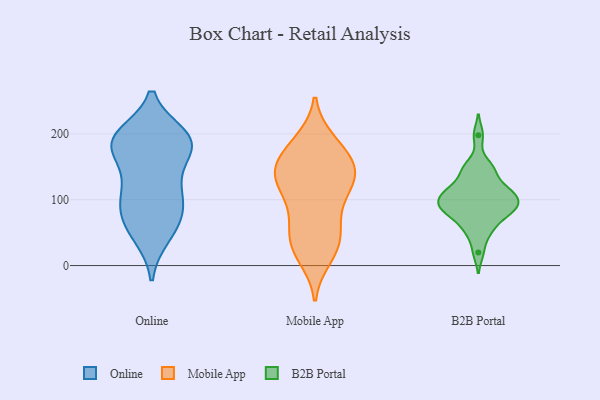
{"axis": {"x": "Temperature (°C)", "y": "Value"}, "legend": ["B2B Portal", "Mobile App", "Online"], "data": [{"x": "", "y": 181, "type": "Online"}, {"x": "", "y": 106, "type": "Online"}, {"x": "", "y": 193, "type": "Online"}, {"x": "", "y": 48, "type": "Online"}, {"x": "", "y": 189, "type": "Online"}, {"x": "", "y": 45, "type": "Online"}, {"x": "", "y": 197, "type": "Online"}, {"x": "", "y": 101, "type": "Online"}, {"x": "", "y": 81, "type": "Online"}, {"x": "", "y": 78, "type": "Online"}, {"x": "", "y": 178, "type": "Online"}, {"x": "", "y": 186, "type": "Online"}, {"x": "", "y": 188, "type": "Online"}, {"x": "", "y": 188, "type": "Online"}, {"x": "", "y": 131, "type": "Online"}, {"x": "", "y": 73, "type": "Online"}, {"x": "", "y": 127, "type": "Online"}, {"x": "", "y": 146, "type": "Mobile App"}, {"x": "", "y": 64, "type": "Mobile App"}, {"x": "", "y": 188, "type": "Mobile App"}, {"x": "", "y": 180, "type": "Mobile App"}, {"x": "", "y": 100, "type": "Mobile App"}, {"x": "", "y": 140, "type": "Mobile App"}, {"x": "", "y": 27, "type": "Mobile App"}, {"x": "", "y": 84, "type": "Mobile App"}, {"x": "", "y": 181, "type": "Mobile App"}, {"x": "", "y": 14, "type": "Mobile App"}, {"x": "", "y": 126, "type": "Mobile App"}, {"x": "", "y": 152, "type": "Mobile App"}, {"x": "", "y": 157, "type": "Mobile App"}, {"x": "", "y": 124, "type": "Mobile App"}, {"x": "", "y": 129, "type": "Mobile App"}, {"x": "", "y": 40, "type": "Mobile App"}, {"x": "", "y": 137, "type": "Mobile App"}, {"x": "", "y": 49, "type": "Mobile App"}, {"x": "", "y": 26, "type": "Mobile App"}, {"x": "", "y": 104, "type": "B2B Portal"}, {"x": "", "y": 152, "type": "B2B Portal"}, {"x": "", "y": 20, "type": "B2B Portal"}, {"x": "", "y": 70, "type": "B2B Portal"}, {"x": "", "y": 91, "type": "B2B Portal"}, {"x": "", "y": 117, "type": "B2B Portal"}, {"x": "", "y": 146, "type": "B2B Portal"}, {"x": "", "y": 85, "type": "B2B Portal"}, {"x": "", "y": 83, "type": "B2B Portal"}, {"x": "", "y": 144, "type": "B2B Portal"}, {"x": "", "y": 84, "type": "B2B Portal"}, {"x": "", "y": 84, "type": "B2B Portal"}, {"x": "", "y": 198, "type": "B2B Portal"}, {"x": "", "y": 54, "type": "B2B Portal"}, {"x": "", "y": 123, "type": "B2B Portal"}, {"x": "", "y": 104, "type": "B2B Portal"}, {"x": "", "y": 51, "type": "B2B Portal"}, {"x": "", "y": 111, "type": "B2B Portal"}, {"x": "", "y": 98, "type": "B2B Portal"}, {"x": "", "y": 111, "type": "B2B Portal"}]}